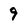
Character: 9